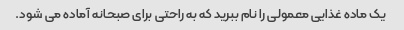
یک ماده غذایی معمولی را نام ببرید که به راحتی برای صبحانه آماده می شود.